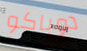
دوباكو